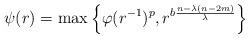
LaTeX: \begin{align*}\psi(r) = \max\left\{\varphi(r^{-1})^p, r^{b\frac{n-\lambda(n-2m)}\lambda}\right\}\end{align*}